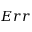
E r r